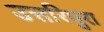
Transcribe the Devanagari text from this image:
उत्तरिपुरा